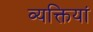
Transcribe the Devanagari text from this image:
व्यक्तियां